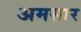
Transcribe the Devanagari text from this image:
अमसार